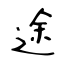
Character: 途